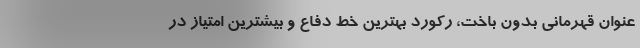
عنوان قهرمانی بدون باخت، رکورد بهترین خط دفاع و بیشترین امتیاز در